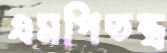
এমপিতন্ত্র